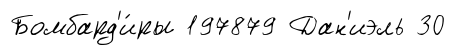
Бомбард'и́ры 197879 Дан'иэль 30